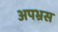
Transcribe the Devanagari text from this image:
अपभ्रस